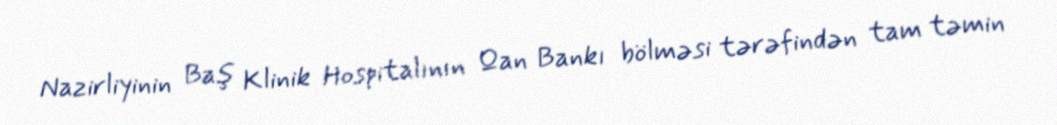
Nazirliyinin Baş Klinik Hospitalının Qan Bankı bölməsi tərəfindən tam təmin